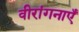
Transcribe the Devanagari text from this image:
वीरांगनाएँ